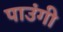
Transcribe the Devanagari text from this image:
पाउंगी